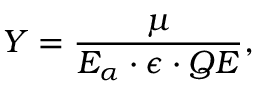
Y = \frac { \mu } { E _ { \alpha } \cdot \epsilon \cdot Q E } ,